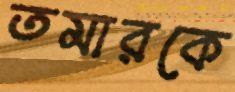
তমারকে